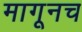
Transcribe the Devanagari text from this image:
मागूनच